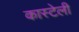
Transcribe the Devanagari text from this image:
कास्टेली